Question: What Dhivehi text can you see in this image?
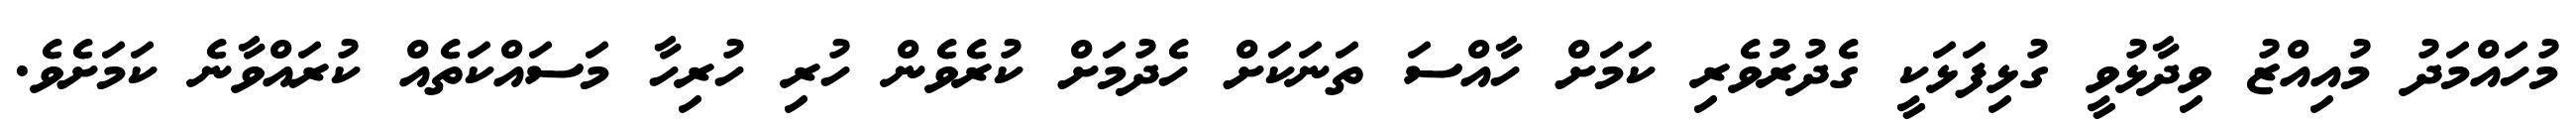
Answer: މުހައްމަދު މުއިއްޒު ވިދާޅުވީ ގުޅިފަޅަކީ ގެދުރުވެރި ކަމަށް ހާއްސަ ތަނަކަށް ހެދުމަށް ކުރެވެން ހުރި ހުރިހާ މަސައްކަތެއް ކުރައްވާނެ ކަމަށެވެ.